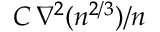
C \, \nabla ^ { 2 } ( n ^ { 2 / 3 } ) / n